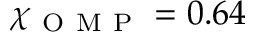
\chi _ { \mathrm { ~ O ~ M ~ P ~ } } = 0 . 6 4